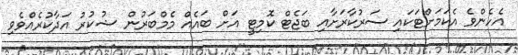
އެހެންވެ އެކަމަށްޓަކައި ސަރުކާރަށާއި ބަޖެޓް ކޮމިޓީ އަށް ބައެއް މެމްބަރުން ޝުކުރު އަދާކުރެއްވެވި